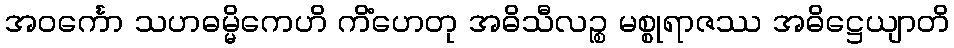
အဝင်္ကော သဟဓမ္မိကေဟိ ကိံဟေတု အဓိသီလဉ္စ မစ္စုရာဇဿ အဓိဋ္ဌေယျာတိ